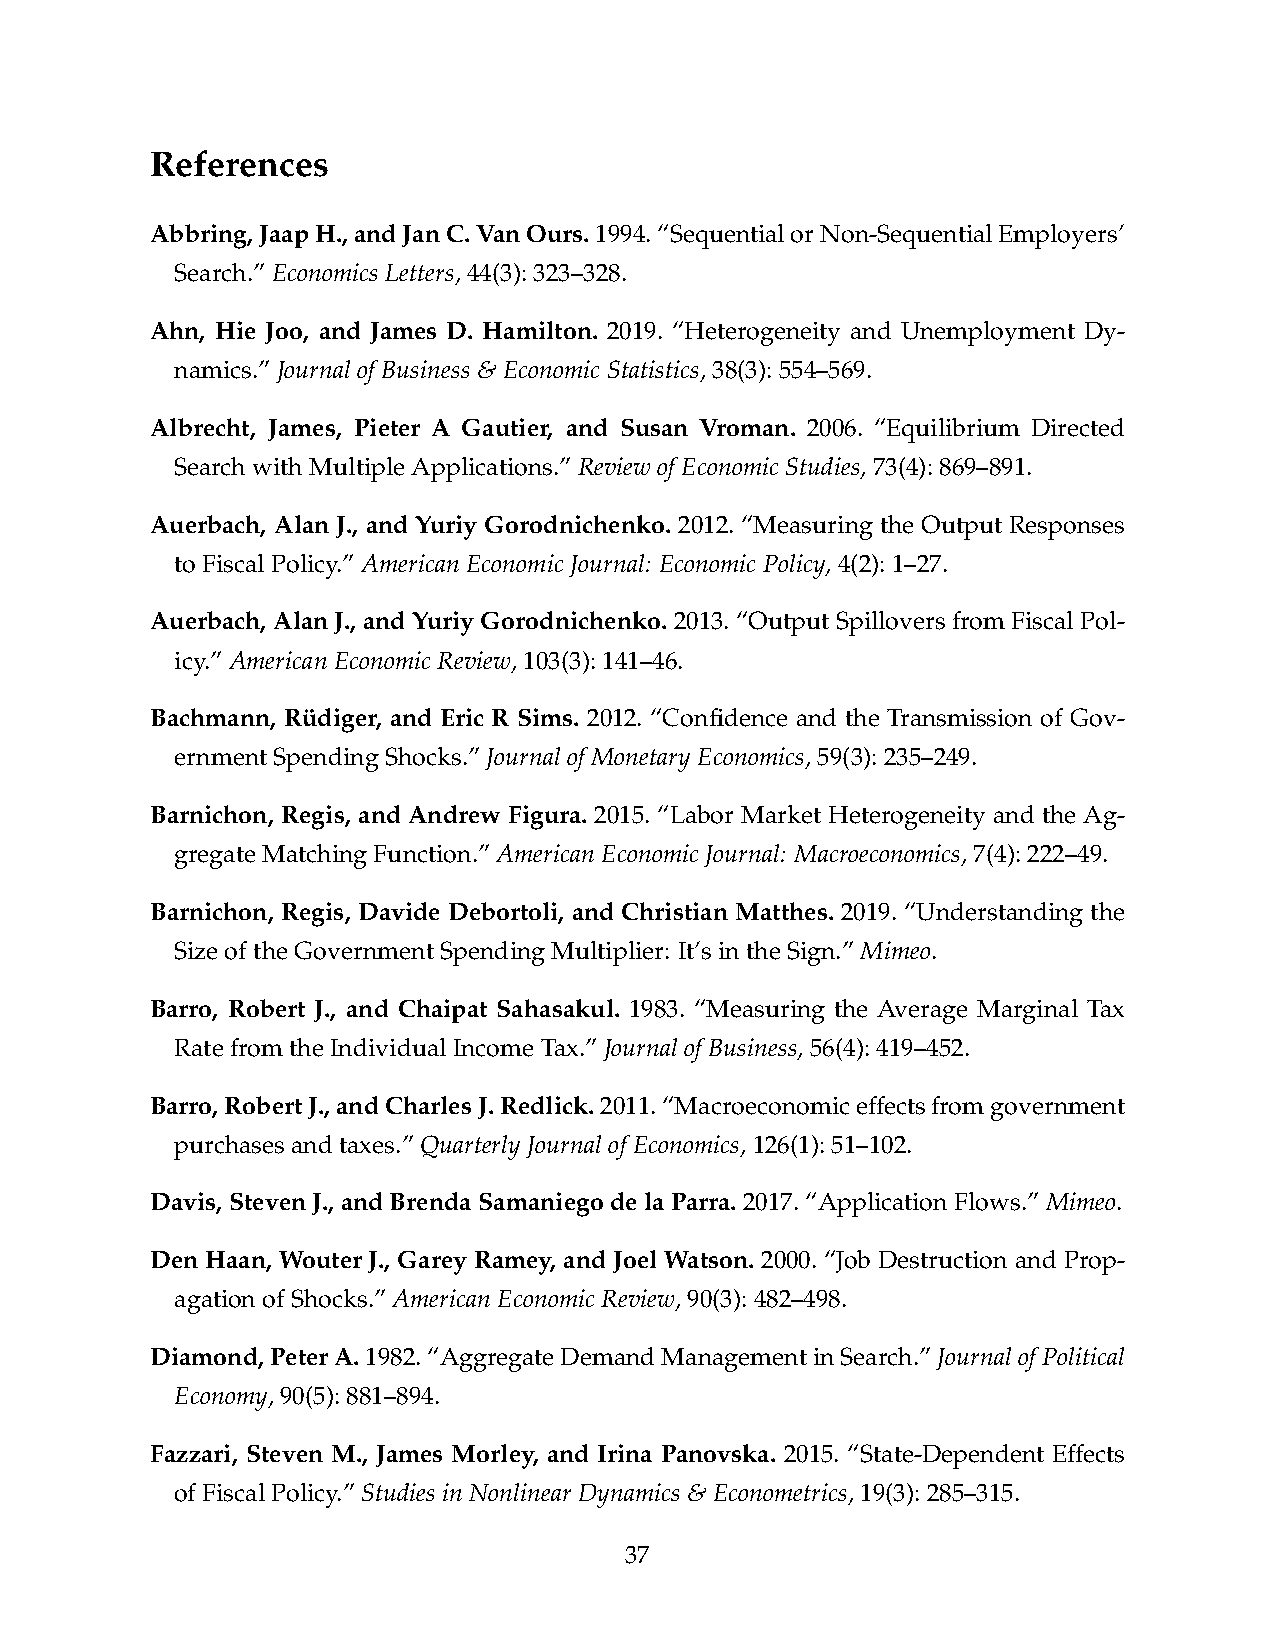
References
 Abbring,JaapH.,andJanC.VanOurs.1994.“SequentialorNon-SequentialEmployers’
 Search.”EconomicsLetters,44(3):323–328.
 Ahn, Hie Joo, and James D. Hamilton. 2019. “Heterogeneity and Unemployment Dy-
 namics.”JournalofBusiness&EconomicStatistics,38(3):554–569.
 Albrecht, James, Pieter A Gautier, and Susan Vroman. 2006. “Equilibrium Directed
 SearchwithMultipleApplications.”ReviewofEconomicStudies,73(4):869–891.
 Auerbach, Alan J., and Yuriy Gorodnichenko. 2012. “Measuring the Output Responses
 toFiscalPolicy.”AmericanEconomicJournal: EconomicPolicy,4(2):1–27.
 Auerbach, Alan J., and Yuriy Gorodnichenko. 2013. “Output Spillovers from Fiscal Pol-
 icy.”AmericanEconomicReview,103(3):141–46.
 Bachmann, Rüdiger, and Eric R Sims. 2012. “Confidence and the Transmission of Gov-
 ernmentSpendingShocks.”JournalofMonetaryEconomics,59(3):235–249.
 Barnichon, Regis, and Andrew Figura. 2015. “Labor Market Heterogeneity and the Ag-
 gregateMatchingFunction.”AmericanEconomicJournal: Macroeconomics,7(4):222–49.
 Barnichon, Regis, Davide Debortoli, and Christian Matthes. 2019. “Understanding the
 SizeoftheGovernmentSpendingMultiplier: It’sintheSign.”Mimeo.
 Barro, Robert J., and Chaipat Sahasakul. 1983. “Measuring the Average Marginal Tax
 RatefromtheIndividualIncomeTax.”JournalofBusiness,56(4):419–452.
 Barro,RobertJ.,andCharlesJ.Redlick.2011.“Macroeconomiceffectsfromgovernment
 purchasesandtaxes.”QuarterlyJournalofEconomics,126(1):51–102.
 Davis,StevenJ.,andBrendaSamaniegodelaParra.2017.“ApplicationFlows.”Mimeo.
 Den Haan, Wouter J., Garey Ramey, and Joel Watson. 2000. “Job Destruction and Prop-
 agationofShocks.”AmericanEconomicReview,90(3):482–498.
 Diamond,PeterA.1982.“AggregateDemandManagementinSearch.”JournalofPolitical
 Economy,90(5):881–894.
 Fazzari, Steven M., James Morley, and Irina Panovska. 2015. “State-Dependent Effects
 ofFiscalPolicy.”StudiesinNonlinearDynamics&Econometrics,19(3):285–315.
 37